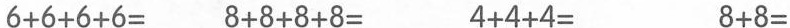
6+6+6+6=8+8+8+8= 4+4+4= 8+8=